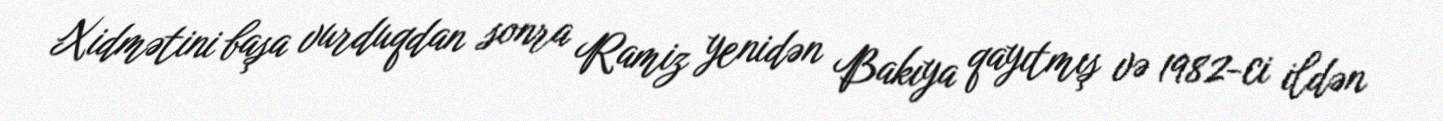
Xidmətini başa vurduqdan sonra Ramiz yenidən Bakıya qayıtmış və 1982-ci ildən